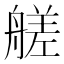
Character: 艖